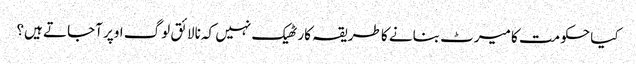
کیا حکومت کا میرٹ بنانے کا طریقہ کار ٹھیک نہیں کہ نالائق لوگ اوپر آجاتے ہیں؟